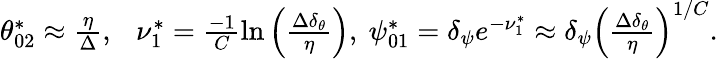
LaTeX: \begin{array}{r}{\theta_{02}^{*}\approx\frac{\eta}{\Delta},\ \ \ \nu_{1}^{*}=\frac{-1}{C}\ln\left(\frac{\Delta\delta_{\theta}}{\eta}\right),\ \psi_{01}^{*}=\delta_{\psi}e^{-\nu_{1}^{*}}\approx\delta_{\psi}\left(\frac{\Delta\delta_{\theta}}{\eta}\right)^{1/C}.}\end{array}